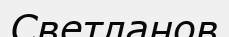
Светланов